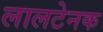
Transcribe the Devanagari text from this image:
लालटेनक